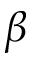
\beta